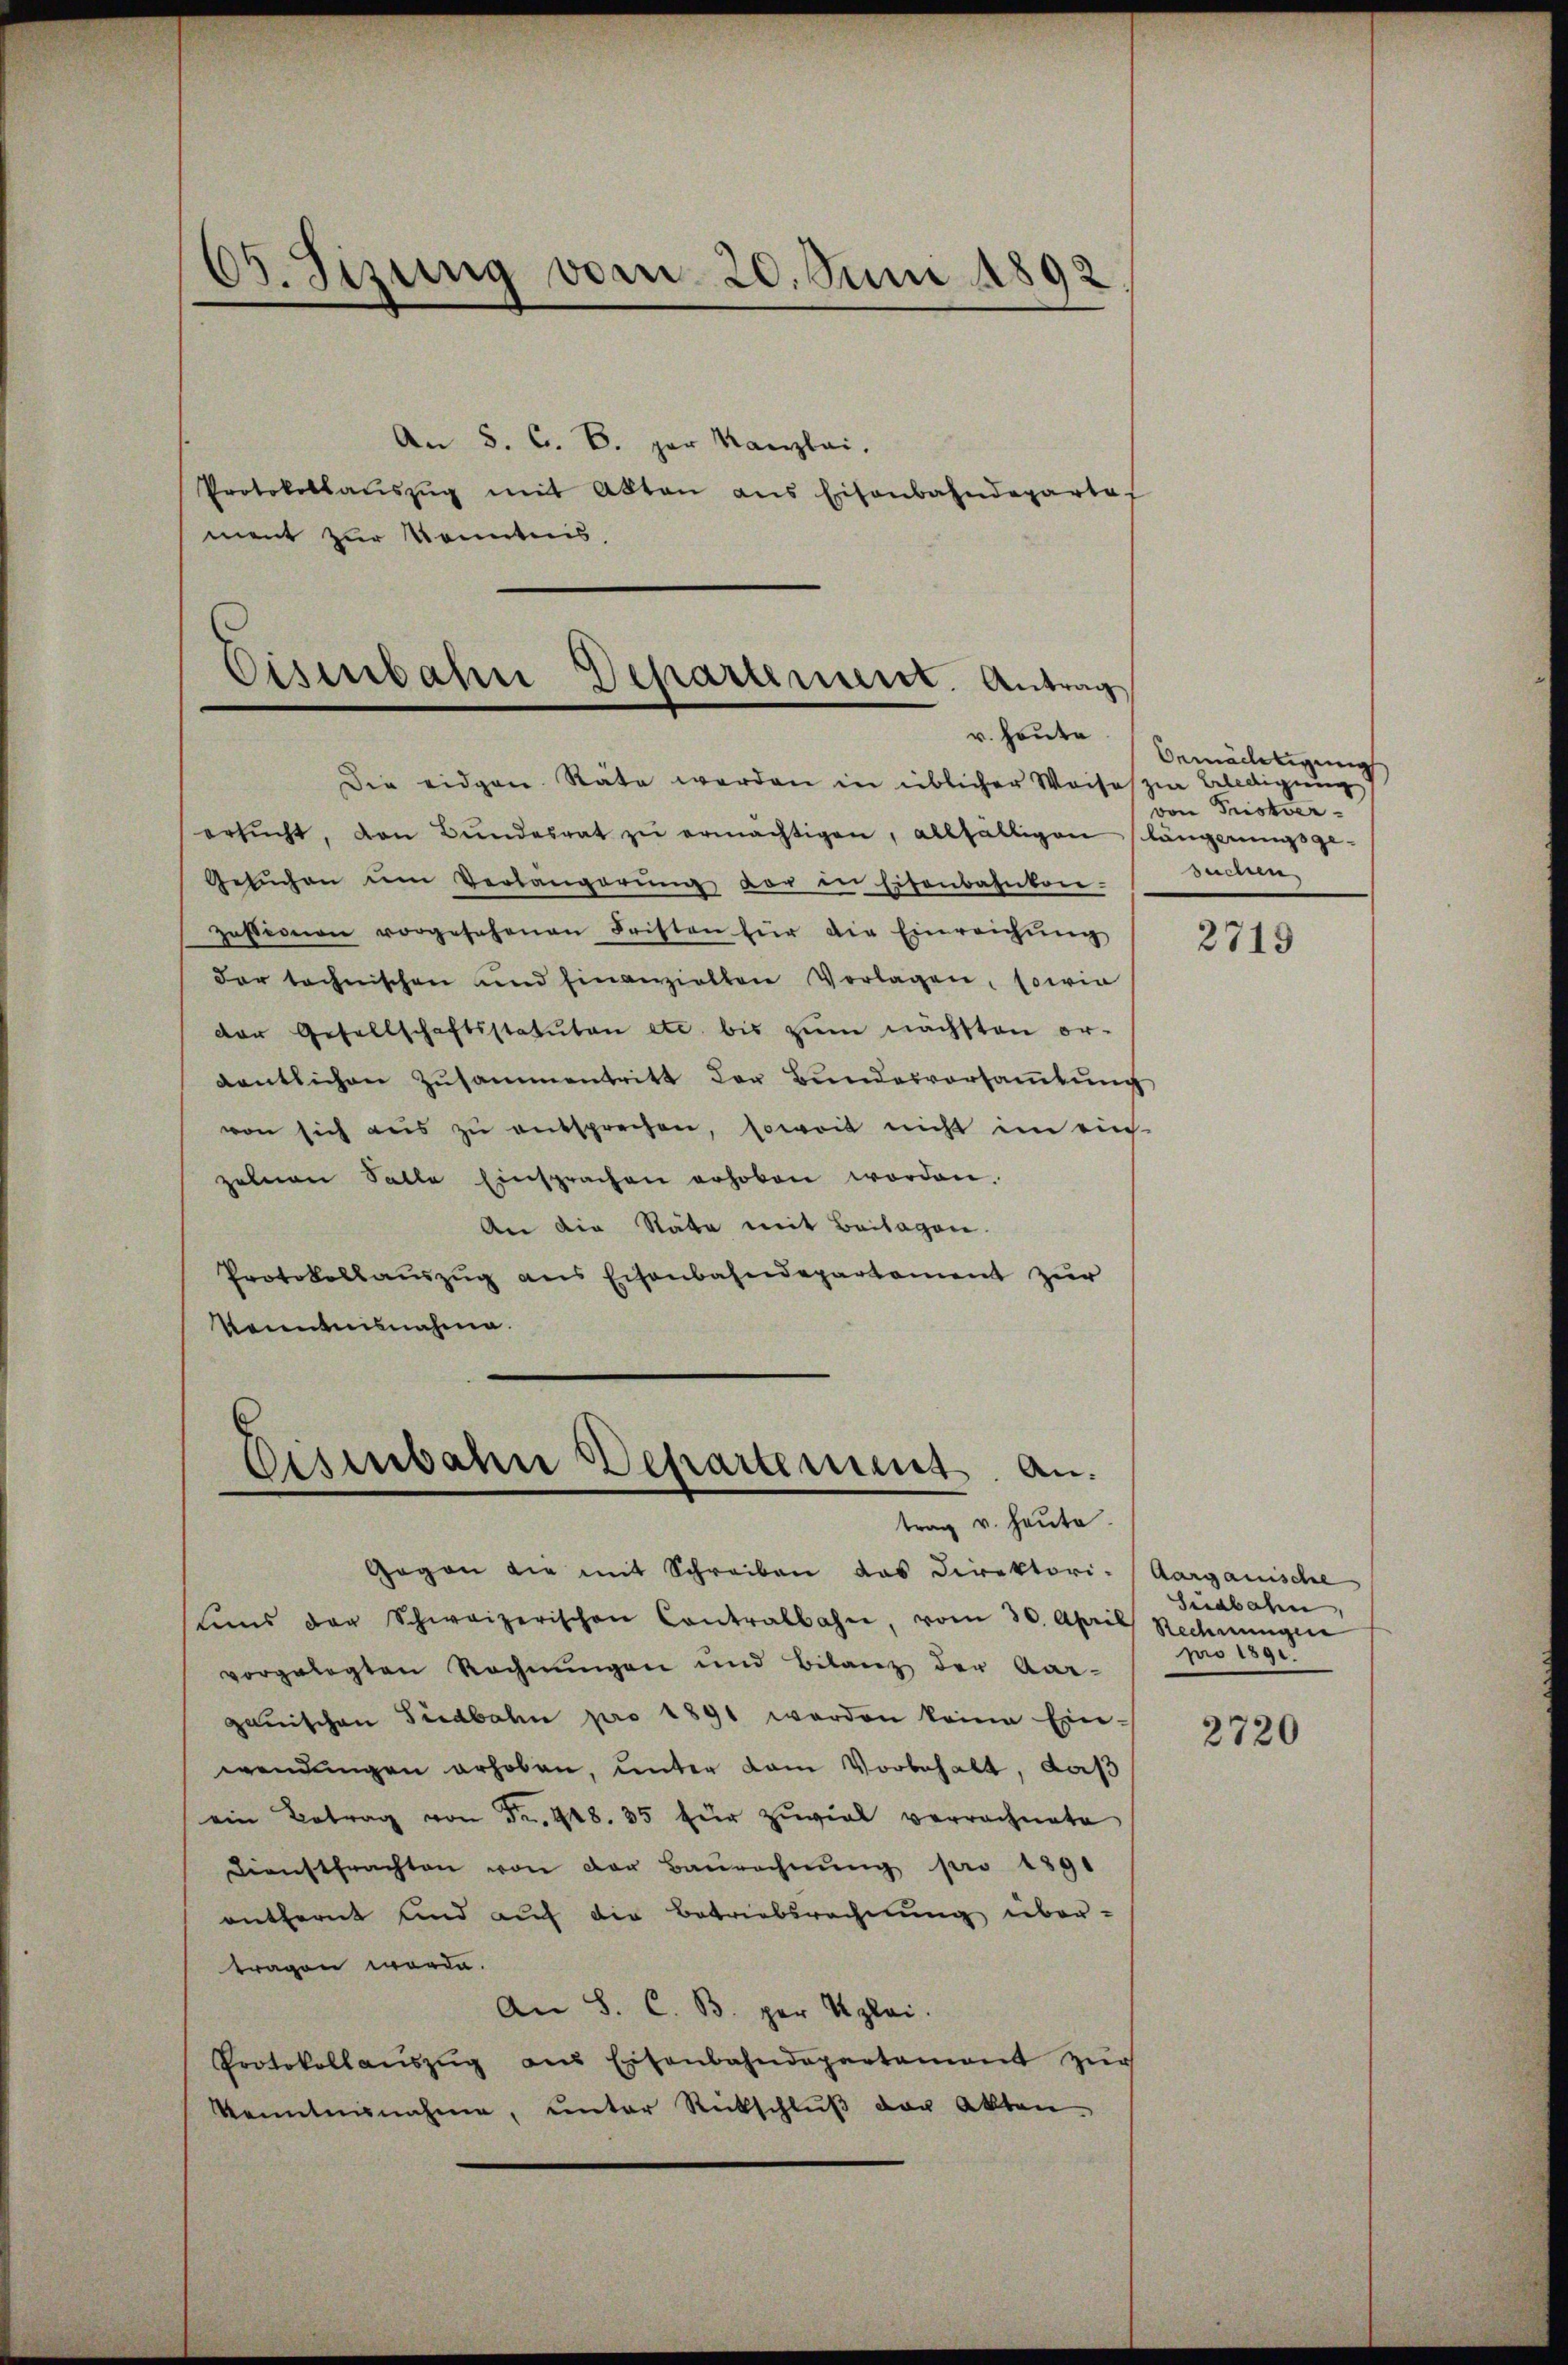
63. Sizung vom 20. Juni 1892

An S. C. B. gar Kanzlei.
Protokollaŭszŭg mit Akten aus Eisenbahndeparte
ment zur Kenntnis.

Eisenbahn Departement. Antrag

r. heute
Die eidgen. Räte werden in üblicher Weiseszia Belldigung
ersŭcht, von Bŭndesrat zŭ ermächtigen, allfälligen längerungsge-
Gesŭchen ŭm Verlängerŭng der in Eisenbahnkon.
zessionen vorgesehenen Fristen für die Einreichŭng
dar technischen und Einanzielten Vorlagen, sowie
der Gesellschaftsstatuten etc. bis zŭm nächsten or-
dentlichen Zusammentritt der Bundesvorsammlung
von sich aus zu entsprechen, soweit nicht im eins
zelnen Salle Einsprachen erhoben worden.
An die Stätte mit Beilagen.
Protokollauszug aus Eisenbahndepartement zur
kenntnisnahme.

Disenbahn Departement an.
trag v. heute

bemächtigung
von Fristver-
Bestren

Gegen die mit Schreiben das Direktori-
tuns der Schweizerischen Contralbahn vom 30. April Rechnungen
vorgelegten Rechnungen und Bilanz der Aar-
gauischen Fiedbahn pro 1891 werden keine Ein-
wendungen erhoben, unter kam Vorbehalt, daß
ein Betrag von Fr. 448. 35 für zuviel verrechnete
Dienstfrachten von der Baŭrechnŭng pro 1891
entfernt und auf die Betriebsrechnung übertragen werde.
An S. C. B. per Klei
Protokollaŭszŭg aus Eisenbahndepartament zŭr
kenntnisnahme, unter Rückschluß der Akten.

2719

Aargauische
Südbahn,
pro 1891.

2720